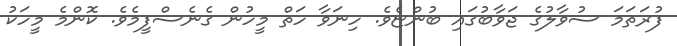
ފުރަތަމަ ސުވާލުގެ ޖަވާބުގައި ބުންޏެވެ. ހިނަވާ ހަތް މީހުން ގެނެސްފީމެވެ. ކޮންމެ މީހަކު